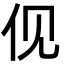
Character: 伣